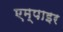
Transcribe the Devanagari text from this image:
एम्पाइर